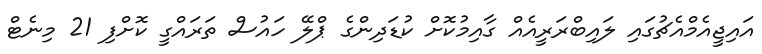
އައިޖީއެމްއެޗުގައި ލައިބްރަރީއެއް ގާއިމުކޮށް ކުޑަދިންގެ ޕްލޭ ހައުސް ތަރައްގީ ކޮށްފި 21 މިނެޓް